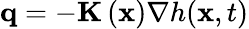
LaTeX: \mathbf{q}=-\textbf{K}\left(\textbf{x}\right)\nabla h(\textbf{x},t)